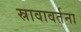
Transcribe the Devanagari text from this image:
स्रावावर्तना